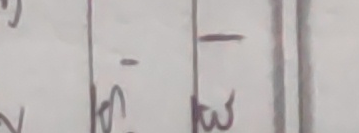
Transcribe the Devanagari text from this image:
- ३ -